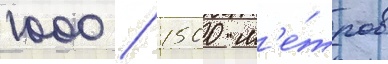
1000 / 1500 м'е́тров